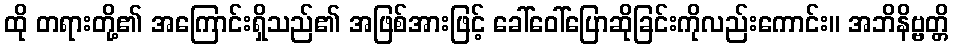
ထို တရားတို့၏ အကြောင်းရှိသည်၏ အဖြစ်အားဖြင့် ခေါ်ဝေါ်ပြောဆိုခြင်းကိုလည်းကောင်း။ အဘိနိဗ္ဗတ္တိ